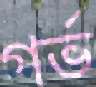
গর্ভ